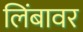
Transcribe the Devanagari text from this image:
लिंबावर